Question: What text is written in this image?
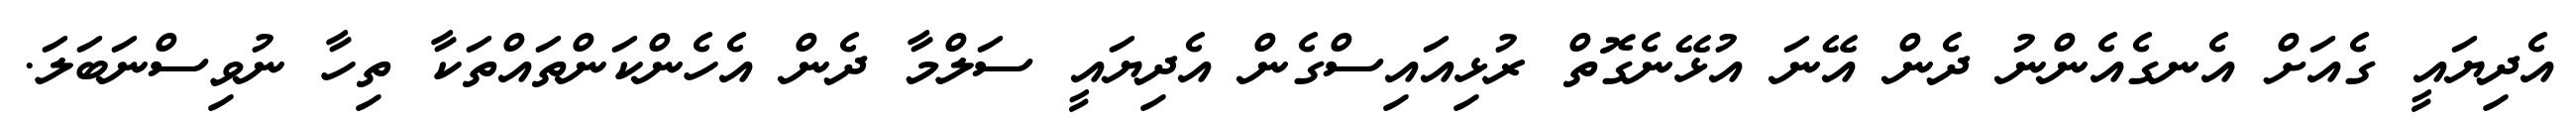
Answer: އެދިޔައީ ގެއަށް އެނގެއެންނު ދެން އޭނަ އުޅޭނެގޮތް ރުޅިއައިސްގެން އެދިޔައީ ސަލްމާ ދެން އެހެންކަންތައްތަކާ ތިހާ ނުވިސްނަބަލަ.